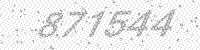
Solution: 871544